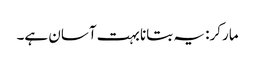
مارکر: یہ بتانا بہت آسان ہے۔